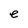
Character: e